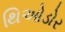
થિઓડોર